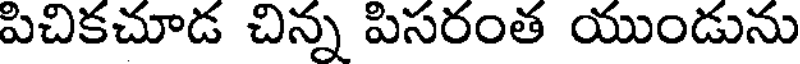
పిచికచూడ చిన్న పిసరంత యుండును